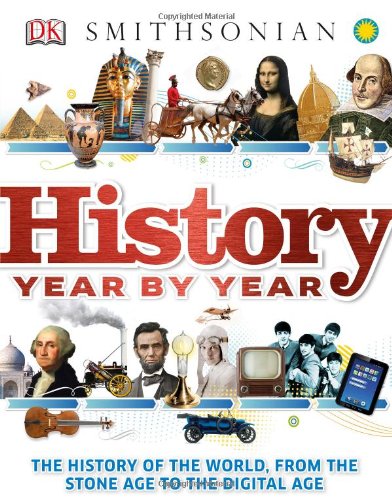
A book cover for History Year by Year; DK Publishing; Children's Books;